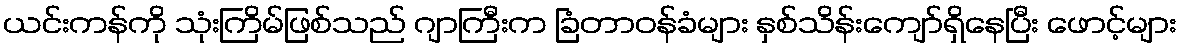
ယင်းကန်ကို သုံးကြိမ်ဖြစ်သည် ဂျာကြီးက ခြံတာဝန်ခံများ နှစ်သိန်းကျော်ရှိနေပြီး ဖောင့်များ